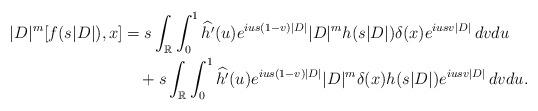
LaTeX: \begin{align*} |D|^m[f(s|D|),x] &= s\int_{\mathbb{R}} \int_0^1 \widehat{h'}(u)e^{ius(1-v)|D|}|D|^mh(s|D|)\delta(x)e^{iusv|D|}\,dvdu\\ &\quad+s\int_{\mathbb{R}} \int_0^1 \widehat{h'}(u)e^{ius(1-v)|D|}|D|^m\delta(x)h(s|D|)e^{iusv|D|}\,dvdu. \end{align*}